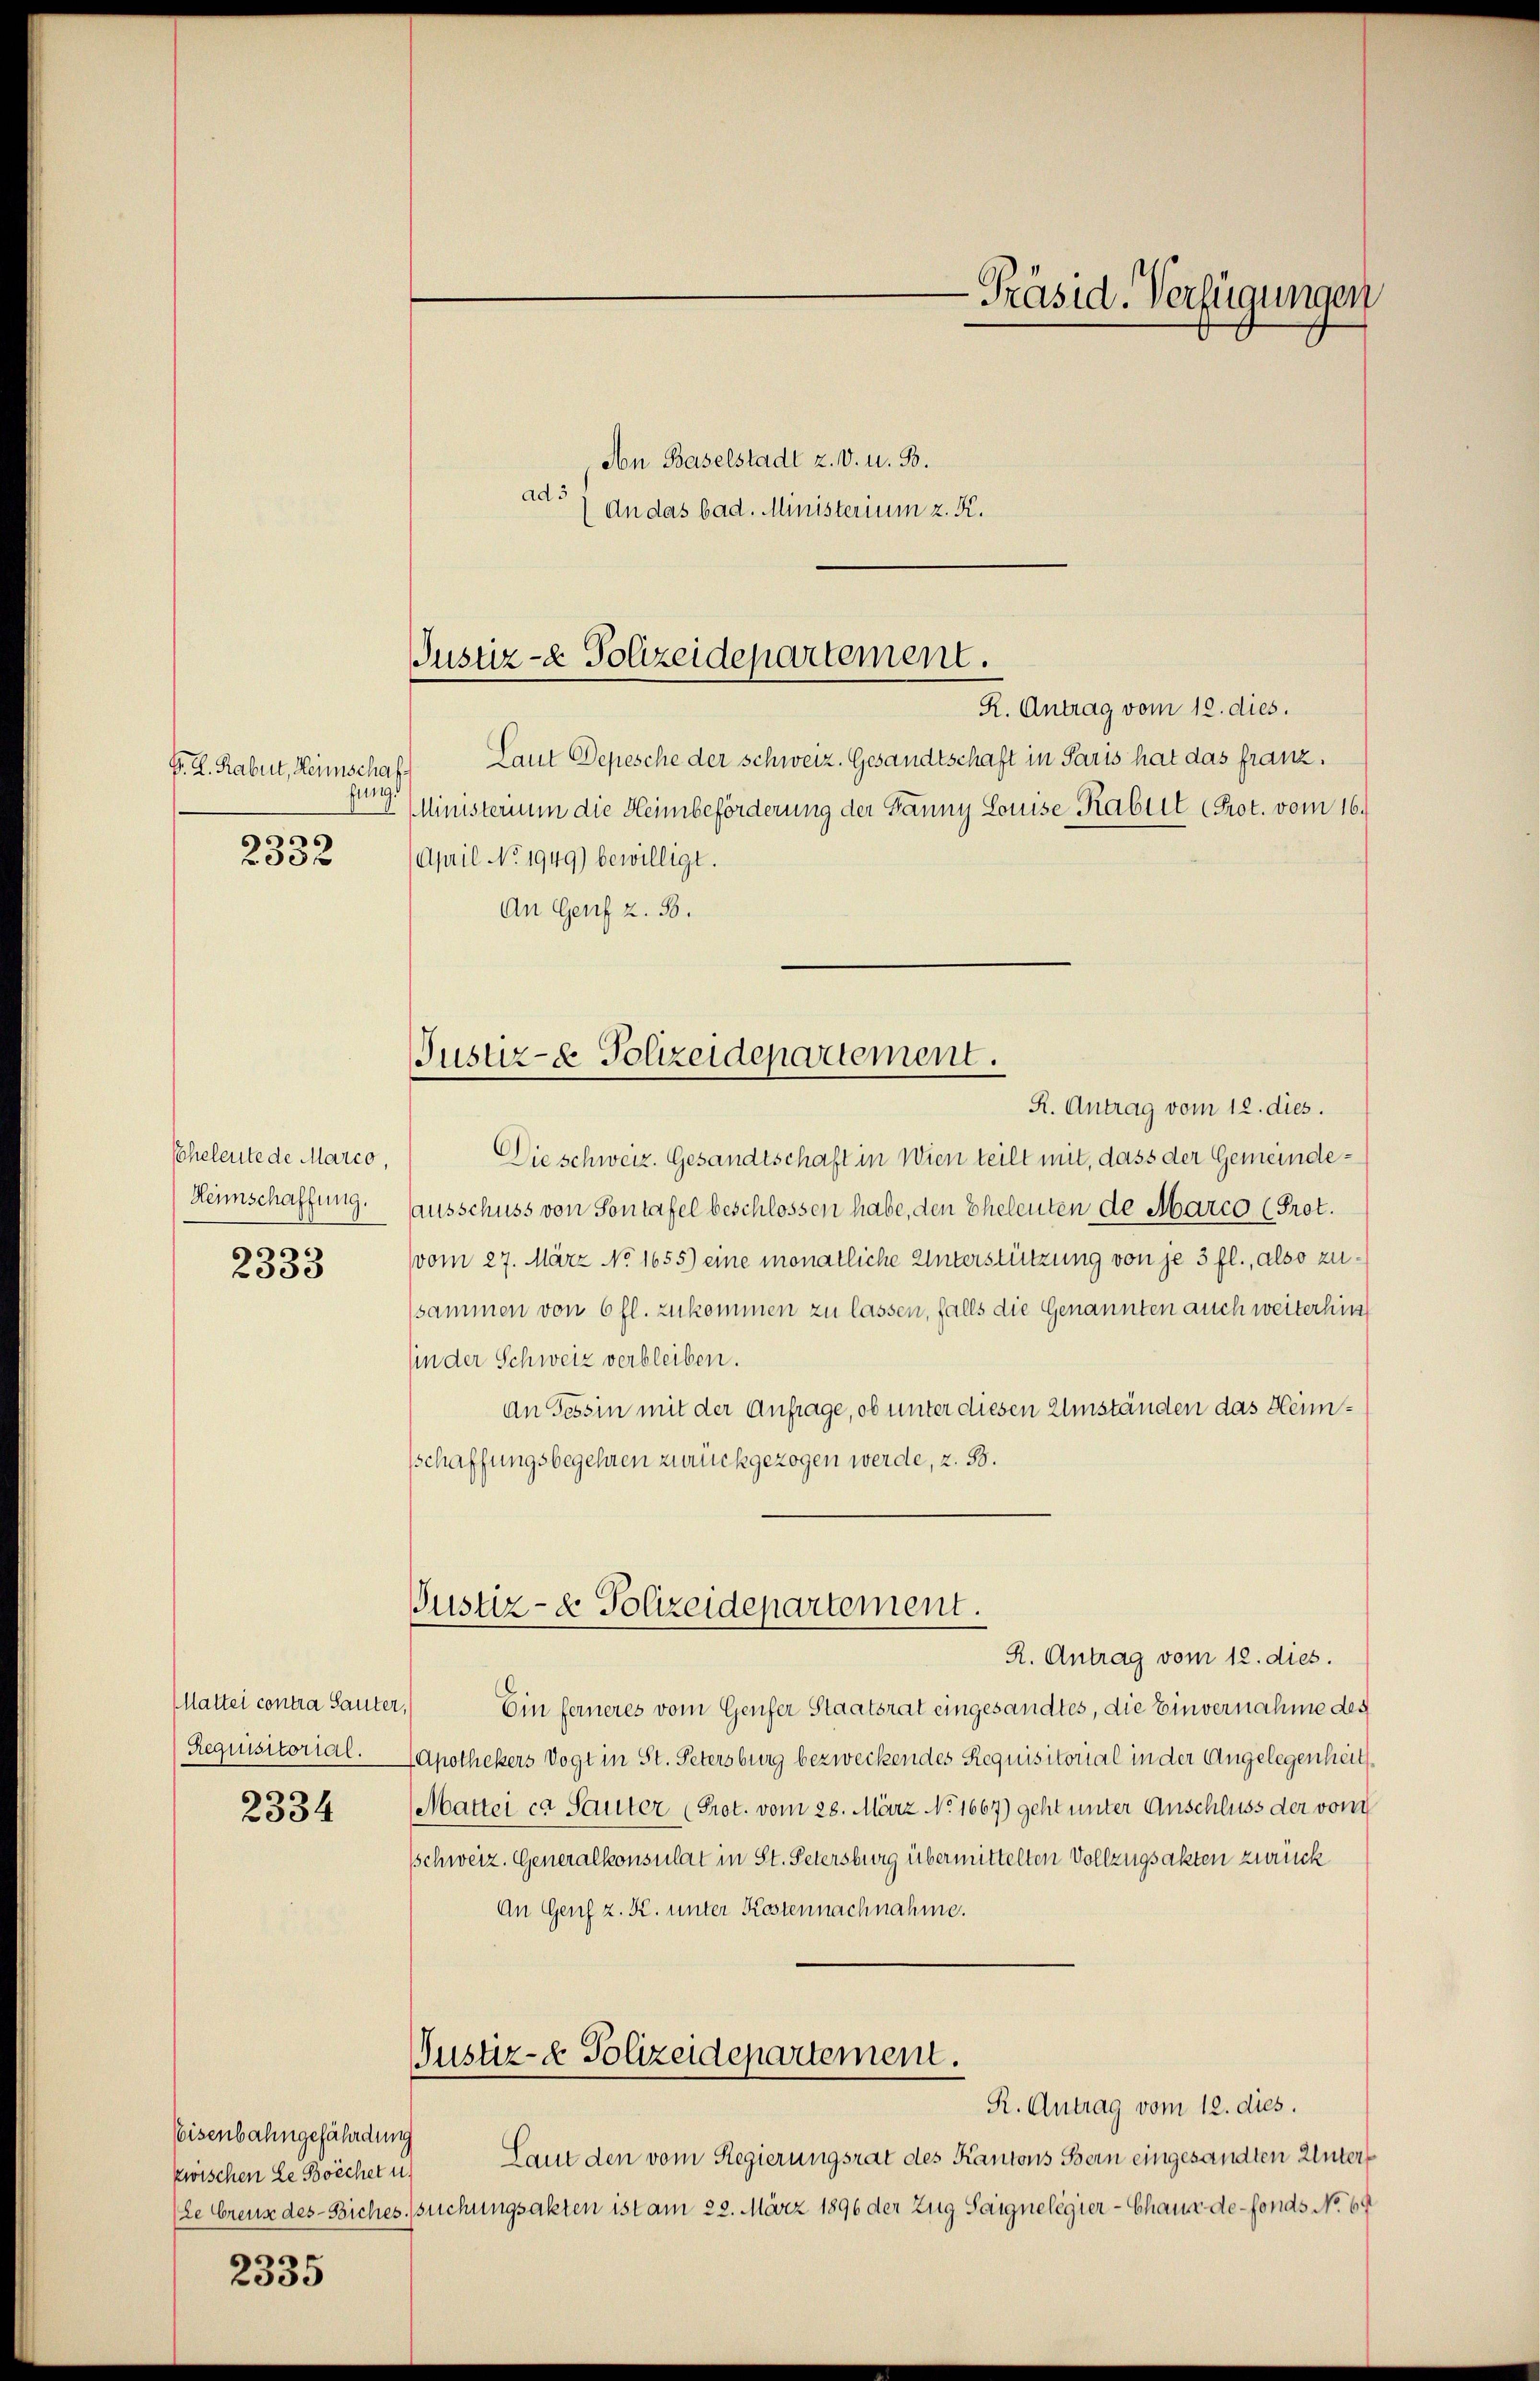
G. H. Rabut, Heimscha
fung.
s
2052

Scheleute de Marco,
Hennschaffung.

2333

MMattei contra Sauter
Requisitorial.

2334

Eisenbahngefährdung
zwischen Le Boechet u.

2335

Justiz- & Polizeidepartement.
R. Antrag vom 12. dies.

Aon Baselstadt z. v. u. B.
ad an das bad. Ministerium z. K.

Justiz- & Polizeidepartement.

Laut Depesche der Schweiz. Gesandtschaft in Paris hat das franz.
Ministerium die Heimbeförderung der Banny Louise Rabet Prot. vom 16.
April No 1949) bewilligt.
An Genf z. B.
R. Antrag vom 12. dies.
Die schweiz. Gesandtschaft in Wien teilt mit, dass der Gemeindeausschuss von Sontafel beschlossen habe, den Eheleuten de Marco (Prot.
vom 27. März No. 1655) eine monatliche Unterstützung von je 3 fl., also zusammen von 6 fl. zukommen zu lassen, falls die Genannten auch weiterhin
sin der Schweiz verbleiben.
an Tessin mit der Anfrage, ob unter diesen Umständen das Heimsschaffungsbegehren zurückgezogen werde, z. 53.
Justiz- & Polizeidepartement.
R. Antrag vom 12. dies.
 Ein ferneres vom Genfer Staatsrat eingesandtes, die Einvernahme des
4 Apothekers Vogt in St. Petersburg bezweckendes Requisitorial in der Angelegenheit
Mattei ca Sauter (Prot. vom 28. März No. 1667) geht unter Anschluss der von
Schweiz. Generalkonsulat in St. Petersburg übermittelten Vollzugsakten zurück
An Genf z. K. unter Kostennachnahme.
Justiz- & Polizeidepartement.
R. Antrag vom 12. dies.
Laut den vom Regierungsrat des Kantons Bern eingesandten Unter¬
(Le Creuz des Biches. suchungsakten ist am 22. März 1896 der Zug Saignelegier-Chaux-de-Fonds No 69

-Präsid. Verfügungen